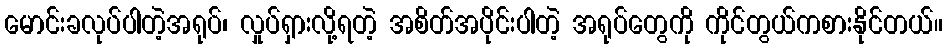
မောင်းခလုပ်ပါတဲ့အရုပ်၊ လှုပ်ရှားလို့ရတဲ့ အစိတ်အပိုင်းပါတဲ့ အရုပ်တွေကို ကိုင်တွယ်ကစားနိုင်တယ်။